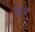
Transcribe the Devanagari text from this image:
केर्